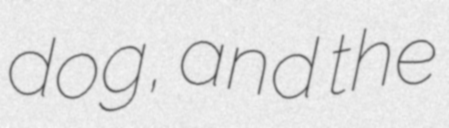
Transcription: dog, and the